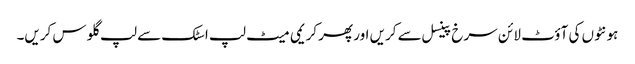
ہو نٹوں کی آؤٹ لا ئن سرخ پینسل سے کریں اور پھر کریمی میٹ لپ اسٹک سے لپ گلو س کریں۔